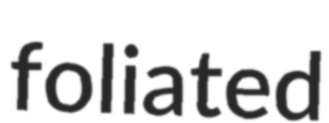
foliated